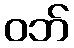
ဝဘ်